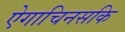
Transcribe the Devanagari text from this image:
ऐगाचिनसकि